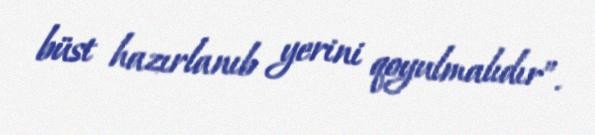
büst hazırlanıb yerini qoyulmalıdır”.